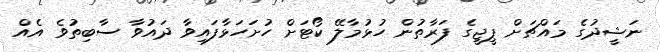
ނަޝީދުގެ މައްޗަށް ޕީޖީގެ ފަރާތުން ހުޅުމާލޭ ކޯޓަށް ހުށަހަޅާފައިވާ ދައުވާ ސާބިތުވެ އެއް